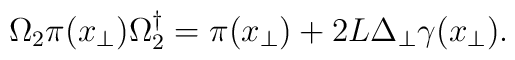
\Omega_2 \pi(x_\perp) \Omega_2^\dagger = \pi(x_\perp) + {2L}\Delta_\perp \gamma (x_\perp).